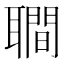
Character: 𦗬